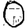
Digit: 0